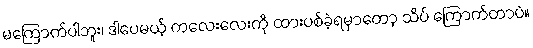
မကြောက်ပါဘူး၊ ဒါပေမယ့် ကလေးလေးကို ထားပစ်ခဲ့ရမှာတော့ သိပ် ကြောက်တာပဲ။